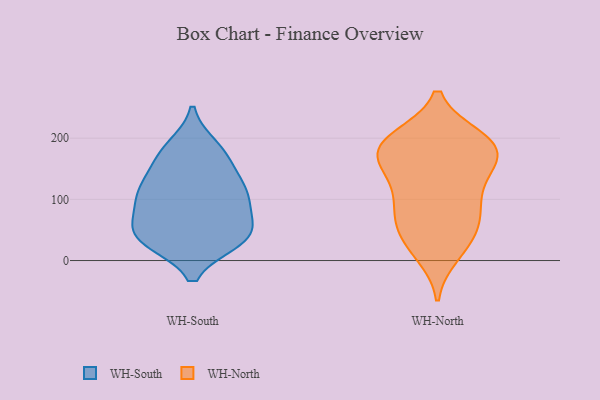
{"axis": {"x": "Headcount", "y": "Value"}, "legend": ["WH-North", "WH-South"], "data": [{"x": "", "y": 36, "type": "WH-South"}, {"x": "", "y": 33, "type": "WH-South"}, {"x": "", "y": 174, "type": "WH-South"}, {"x": "", "y": 85, "type": "WH-South"}, {"x": "", "y": 38, "type": "WH-South"}, {"x": "", "y": 124, "type": "WH-South"}, {"x": "", "y": 58, "type": "WH-South"}, {"x": "", "y": 98, "type": "WH-South"}, {"x": "", "y": 105, "type": "WH-South"}, {"x": "", "y": 110, "type": "WH-South"}, {"x": "", "y": 38, "type": "WH-South"}, {"x": "", "y": 185, "type": "WH-South"}, {"x": "", "y": 131, "type": "WH-South"}, {"x": "", "y": 170, "type": "WH-South"}, {"x": "", "y": 41, "type": "WH-South"}, {"x": "", "y": 162, "type": "WH-North"}, {"x": "", "y": 64, "type": "WH-North"}, {"x": "", "y": 83, "type": "WH-North"}, {"x": "", "y": 168, "type": "WH-North"}, {"x": "", "y": 66, "type": "WH-North"}, {"x": "", "y": 72, "type": "WH-North"}, {"x": "", "y": 193, "type": "WH-North"}, {"x": "", "y": 30, "type": "WH-North"}, {"x": "", "y": 11, "type": "WH-North"}, {"x": "", "y": 113, "type": "WH-North"}, {"x": "", "y": 180, "type": "WH-North"}, {"x": "", "y": 26, "type": "WH-North"}, {"x": "", "y": 194, "type": "WH-North"}, {"x": "", "y": 191, "type": "WH-North"}, {"x": "", "y": 142, "type": "WH-North"}, {"x": "", "y": 200, "type": "WH-North"}, {"x": "", "y": 114, "type": "WH-North"}, {"x": "", "y": 155, "type": "WH-North"}, {"x": "", "y": 195, "type": "WH-North"}]}